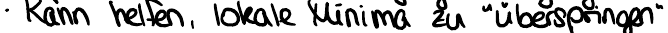
Kann helfen, lokale Minima zu "überspringen"